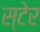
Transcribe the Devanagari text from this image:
स्टेर